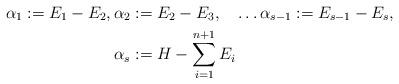
LaTeX: \begin{align*}\alpha_1:=E_1-E_2, \alpha_2&:=E_2-E_3, \quad\ldots\alpha_{s-1}:=E_{s-1}-E_{s}, \\ \alpha_{s}&:=H-\sum_{i=1}^{n+1}E_i\end{align*}